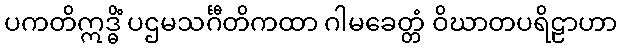
ပကတိဣဒ္ဓိံ ပဌမသင်္ဂီတိကထာ ဂါမခေတ္တံ ဝိဃာတပရိဠာဟာ